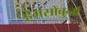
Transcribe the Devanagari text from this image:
हेमसोबुर्ना